Report on vaccination proceedings throughout the Government of Bengal -
Year: 1868
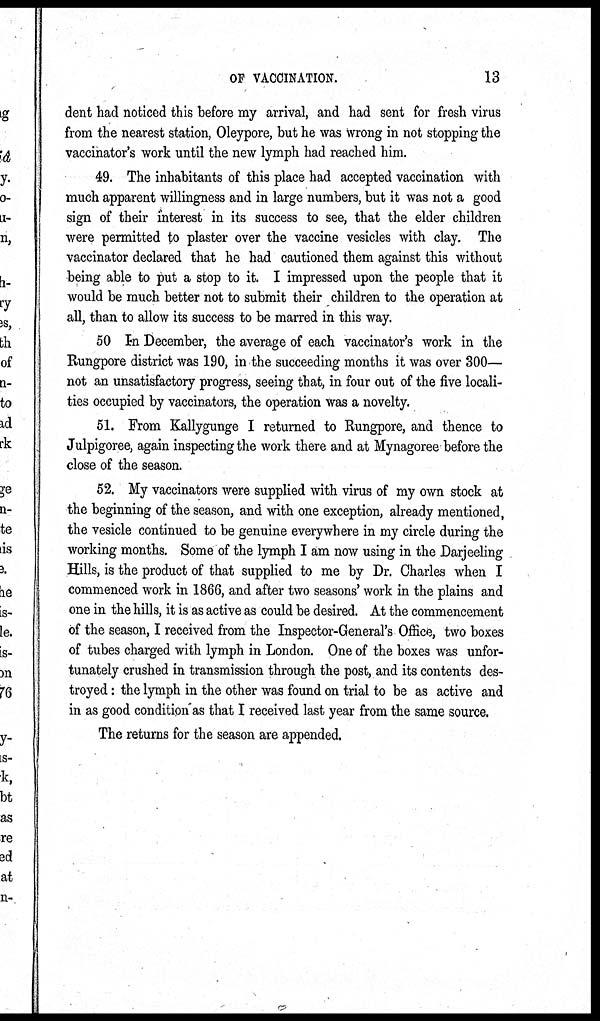
OF VACCINATION.
13
dent had noticed this before my arrival, and had sent for fresh virus
from the nearest station, Oleypore, but he was wrong in not stopping the
vaccinator's work until the new lymph had reached him.
49. The inhabitants of this place had accepted vaccination with
much apparent willingness and in large numbers, but it was not a good
sign of their interest in its success to see, that the elder children
were permitted to plaster over the vaccine vesicles with clay. The
vaccinator declared that he had cautioned them against this without
being able to put a stop to it. I impressed upon the people that it
would be much better not to submit their children to the operation at
all, than to allow its success to be marred in this way.
50 In December, the average of each vaccinator's work in the
Rungpore district was 190, in the succeeding months it was over 300—
not an unsatisfactory progress, seeing that, in four out of the five locali-
ties occupied by vaccinators, the operation was a novelty.
51. From Kallygunge I returned to Rungpore, and thence to
Julpigoree, again inspecting the work there and at Mynagoree before the
close of the season.
52. My vaccinators were supplied with virus of my own stock at
the beginning of the season, and with one exception, already mentioned,
the vesicle continued to be genuine everywhere in my circle during the
working months. Some of the lymph I am now using in the Darjeeling
Hills, is the product of that supplied to me by Dr. Charles when I
commenced work in 1866, and after two seasons' work in the plains and
one in the hills, it is as active as could be desired. At the commencement
of the season, I received from the Inspector-General's Office, two boxes
of tubes charged with lymph in London. One of the boxes was unfor-
tunately crushed in transmission through the post, and its contents des-
troyed : the lymph in the other was found on trial to be as active and
in as good condition as that I received last year from the same source.
The returns for the season are appended.